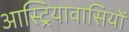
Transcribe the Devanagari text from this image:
आस्ट्रियावासियों